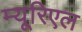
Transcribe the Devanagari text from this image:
म्यूरिएल